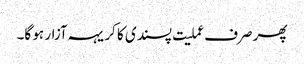
پھر صرف عملیت پسندی کا کریہہ آزار ہو گا۔